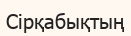
Сірқабықтың